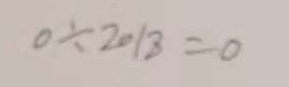
0 \div 2 0 1 8 = 0